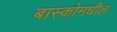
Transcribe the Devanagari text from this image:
बास्कोमधील